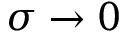
\sigma \to 0